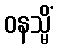
ဝနသ္မိံ